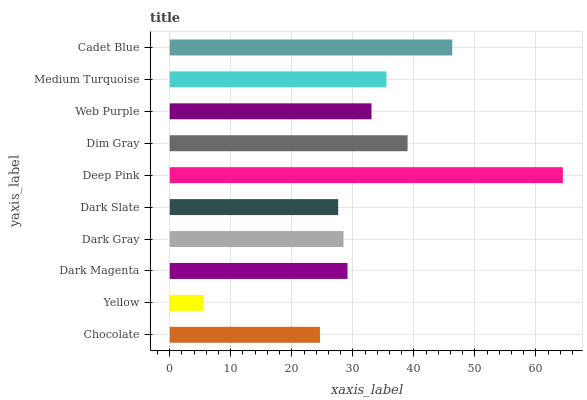
| yaxis_label | bars |
 | --- | --- |
 | Chocolate | 24.6 |
 | Yellow | 5.55 |
 | Dark Magenta | 29.1 |
 | Dark Gray | 28.5 |
 | Dark Slate | 27.6 |
 | Deep Pink | 64.4 |
 | Dim Gray | 39 |
 | Web Purple | 33 |
 | Medium Turquoise | 35.5 |
 | Cadet Blue | 46.3 |